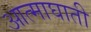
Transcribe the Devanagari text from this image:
आत्माघाती